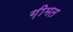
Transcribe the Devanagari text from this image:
ग़ीमत